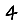
Digit: 4